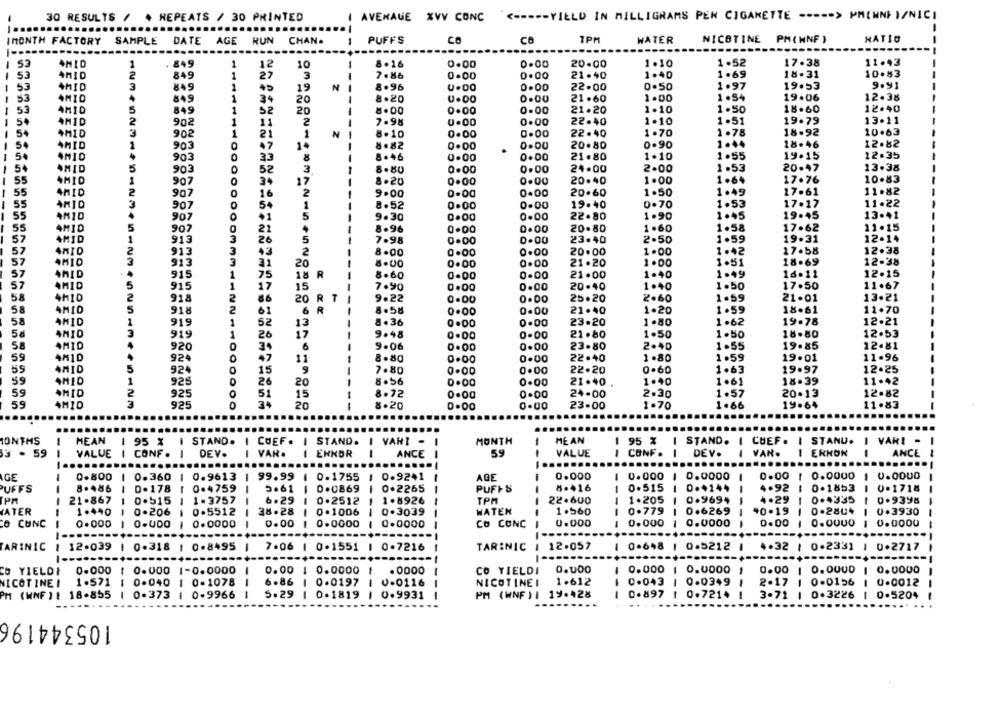
<----- YIELD İN MILLIGRAMS PEN CIGARETTE ----- > PHENNEI/NICI
30 RESULTS / . REPEATS / 30 PRINTED
AVERAGE XVV CONC
-
IMONTH FACTORY
SAMPLE
DATE
AGE
RUN
CHAN.
-
PUFFS
CO
CB
1PM
WATER
NICOTINE PM(HNF )
NATIO
AMID
1
- 849
1
12
10
-
8.16
0.00
0.00
20.00
1.10
1.52
17.38
11.43
10.83
53
4MID
2
849
1
27
3
7.8&
0.00
0.00
21.40
1.40
1.69
18.31
53
AMID
3
849
1
+5
N
8.96
0.00
22.00
0.50
1.97
19.53
9.91
19
AMIO
1
34
20
8.20
0.00
21.60
1.00
1 .54
19.06
12.38
1.10
12.40
53
4M10
5
849
1
52
20
8.00
0.00
0.00
21.20
1.50
18.60
AMID
2
902
1
11
2
7.98
0.00
0.00
22.40
1.10
1.51
19.79
13.11
54
4MID
3
902
1
21
1
N
8.10
0.00
0.00
22.40
1.70
1.78
18-92
10.63
4MID
47
0.90
1.44
18.46
12.82
1
90
14
8.82
0.00
0.00
20.80
4
903
0
33
8.46
0.00
0.00
21.80
1.10
1.55
19.15
12.35
8
13.38
54
AMID
5
903
52
3
8.80
0.00
0.00
24.00
2.00
1.53
20.47
55
4MIO
8.20
20.40
1.00
1.64
17.76
10.83
907
0
34
17
0.00
0.00
55
AMID
2
907
0
16
2
9.00
0.00
0-00
20.60
1.50
1.49
17.61
11.82
55
11.22
AMID
3
54
1
8.52
0.00
0.00
19.40
D.70
1.53
17.17
AMID
907
5
0.00
22.80
1.90
1.45
19.45
13.41
+1
9.30
0.00
55
AMID
5
907
0
22
8.96
0.00
0.00
20.80
1.60
1.58
17.62
11.15
57
3
5
12-14
AMID
1
913
20
7.98
0.00
0.00
23.40
2.50
1.59
19.31
2
913
3
+3
8.00
0.00
0.00
20.00
1.00
1.42
17.58
12.38
57
57
4MIO
3
913
3
20
8.00
0.00
0.00
21.20
1.00
1.51
18.69
12-38
57
AMID
915
1
18 R
8.60
21.00
1.40
1.49
16.11
12.15
0.00
0.00
57
AMID
5
915
17
15
7.90
0.00
0.00
20.40
1.40
1.50
17.50
11.67
58
2
918
2
86
20
R T
9.22
0.00
0.00
25.20
2.60
1.59
21.01
13.21
58
AMID
5
918
2
61
6 R
8.58
21.40
1.20
1.59
18.61
11.70
0.00
0.00
58
AMID
1
919
1
52
13
8.36
0.00
0.00
23.20
1.80
1.62
19.78
12.21
58
4MID
3
919
1
26
17
9.48
0.00
0.00
21.80
1.50
1.50
18.80
12.53
58
AMID
4
34
9.06
0.00
23.80
2.40
1.55
19.85
12.81
920
0.00
59
4MID
92
47
11
8.80
0.00
0.00
22.40
1.80
1.59
19.01
11.96
4MID
5
92
0
15
7.80
0.00
0.00
22.20
0.60
1.63
19.97
12.25
59
1
8.56
21.40
1.40
1.61
18.39
11.42
925
26
20
0.00
0.00
59
2
925
O
51
15
8.72
0.00
0.00
24.00
2.30
1.57
20.13
12.82
59
AMID
925
0
34
20
--
8.20
0.00
23.00
1.70
1.66
19.64
11.83
ME AN
MONTHS
HEAN
1 95 %
STAND.
I COEF.
STAND .
I VARI -
-
MONTH
1 95 % | STAND. I
CHEF . I STANU.
I VARI -
3 . 59
VALUE
CONF .
-
DEV.
VAR.
1
ENNOR
1
ANCE
59
VALUE
CONF .
-
DEV.
1
VAR.
ERHON
ANCE
-
....
0.0000
GE
0.800
0.360
0.9613
1 99.99
0.1755
0.9241
--
AGE
0.000
-
0.000 1
0.0000
0.00 1
1 0.0000
PUFFS
8.486
D.178
0.4759
5.61
0.0869
0.2265
PUFFS
8.416
0.515
D.+144
4.92 |
0.1853
1 0-1718
21.867
0.515
1.3757
6 .29
0.2512
1.8926
--
TPM
22.600
1.205 |
0.9694
4.29 1
0.4335
-
0.9398
WATEN
1.560
0.779 1
0.6269
-
40.19
0-28U4
0.3930
ATER
1.440
0.206
0.5512
38.28
0 .1006
1
---
0.3039
---
CO CONC
-
0.000
0-UDO
0.0000
0.00
0.0000
0.0000
CO CONC
- -
0.000
0.000
1 0.0000
0.00
0.OQUO
0.0000
---- |
ARINIC : 12.039
1 0.318
0.8495
7.06 | 0.1551
0.7216
TAR:NIC
12.057
-
0.648 1 0.5212
4.32 1 0.2331 1 0.2717
CO YIELDI
0.000
1
0.000
1-0.0000
0.00
0.0000
. 0000
CO YIELDI
0.000
0.000 1 0.0000
0.00 1 0.0000 1 0.0000
NICOTINE !
1.571
0.040
1 0-1078
6.86
1
0-0197
0-0116
NICOTINE I
1.612
0.043 | 0.0349
2.17 1
0-0156
1 0.0012
-
PM (WNF ) 1 18-855
0.373
1 0-9966
5.29
1 0.1819
0.9931
PM (WNF ) I
19.428
---
0.897 1 0.7214
3.71
0.3226
1 0.5204
105344196